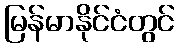
မြန်မာနိုင်ငံတွင်